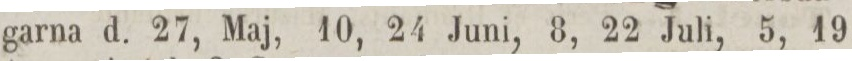
garna d. 27, Maj, 10, 24 Juni, 8, 22 Juli, 5, 19